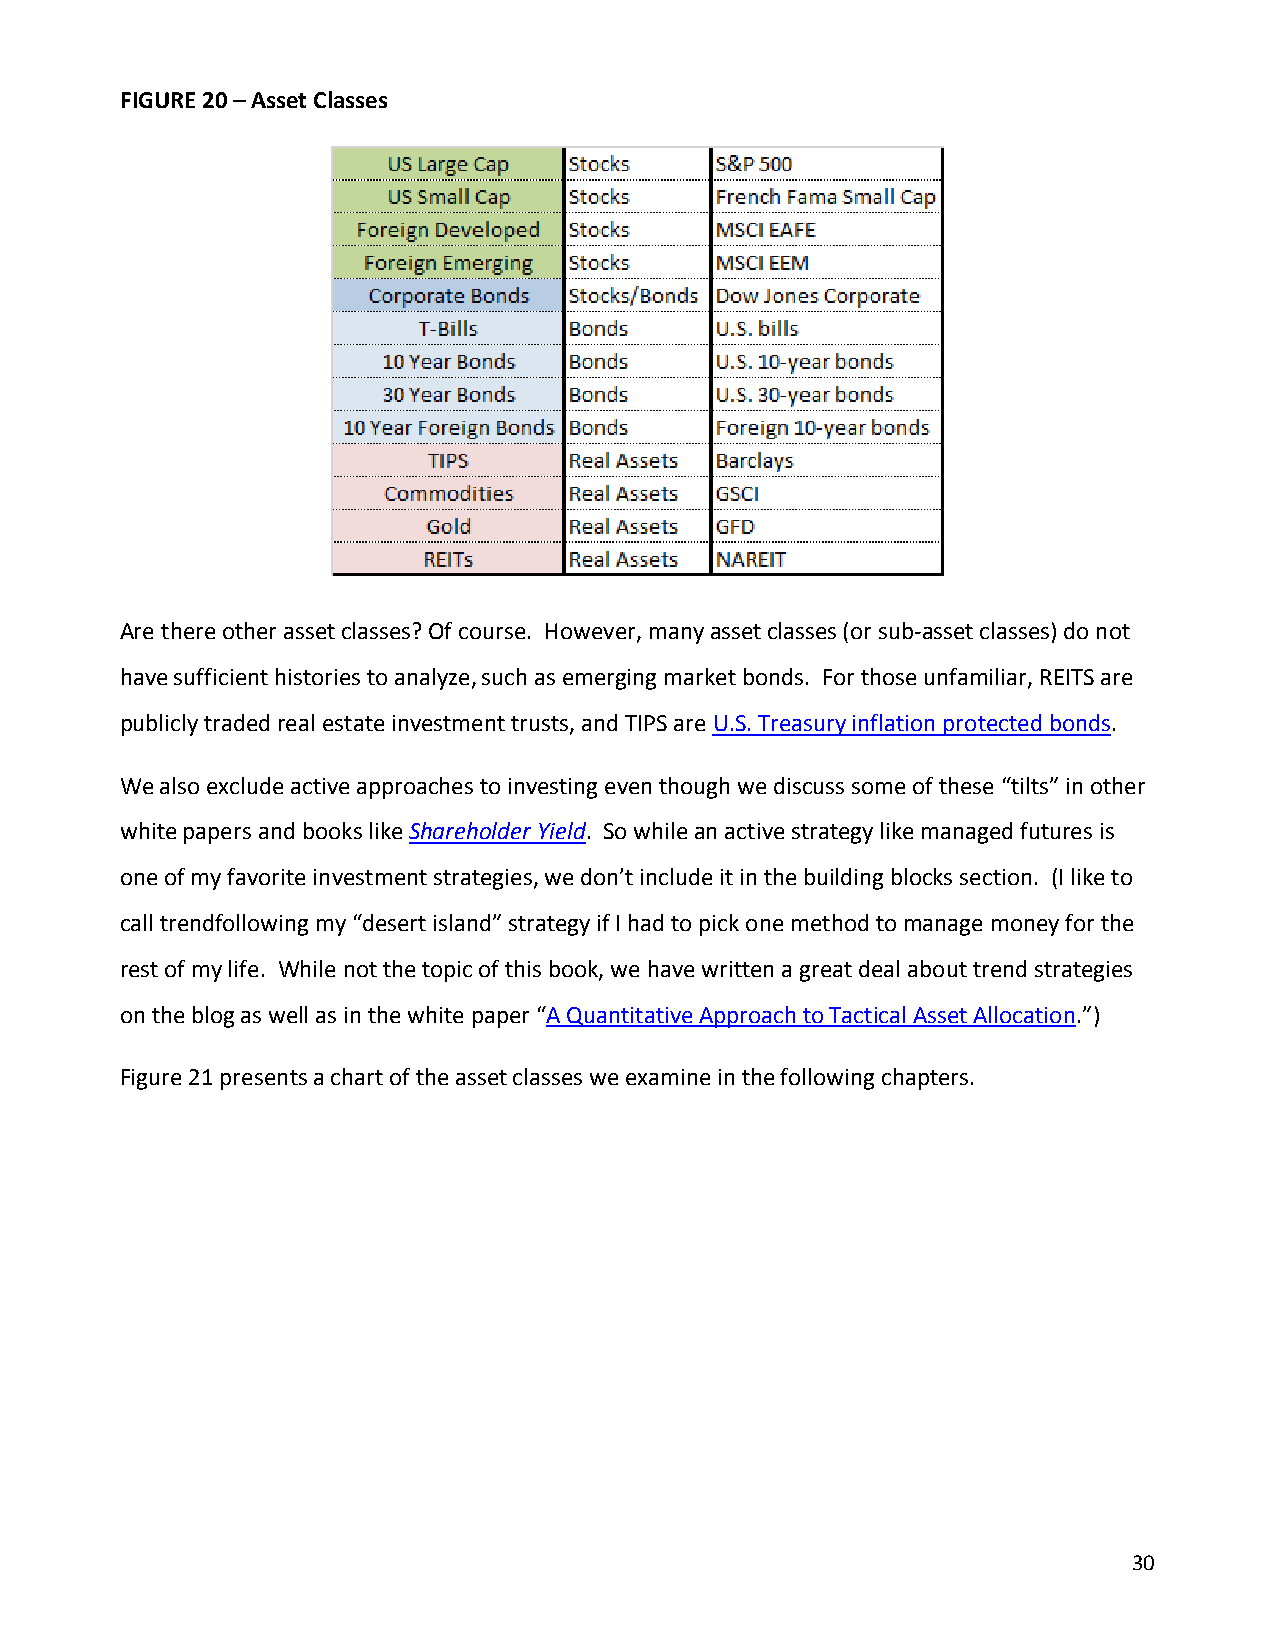
FIGURE 20 – Asset Classes
 Are there other asset classes? Of course. However, many asset classes (or sub-asset classes) do not
 have sufficient histories to analyze, such as emerging market bonds. For those unfamiliar, REITS are
 publicly traded real estate investment trusts, and TIPS are U.S. Treasury inflation protected bonds.
 We also exclude active approaches to investing even though we discuss some of these “tilts” in other
 white papers and books like Shareholder Yield. So while an active strategy like managed futures is
 one of my favorite investment strategies, we don’t include it in the building blocks section. (I like to
 call trendfollowing my “desert island” strategy if I had to pick one method to manage money for the
 rest of my life. While not the topic of this book, we have written a great deal about trend strategies
 on the blog as well as in the white paper “A Quantitative Approach to Tactical Asset Allocation.”)
 Figure 21 presents a chart of the asset classes we examine in the following chapters.
 30